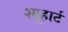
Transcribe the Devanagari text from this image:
श्यूहार्ट